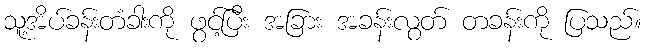
သူ့အိပ်ခန်းတံခါးကို ဖွင့်ပြီး အခြား အခန်းလွတ် တခန်းကို ပြသည်။